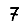
Digit: 7